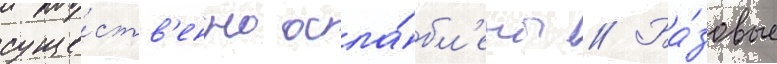
суще́ств'енно осла́бл'ены // Ба́зовые